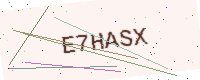
Text: E7HASX